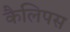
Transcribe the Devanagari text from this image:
कैलिपस